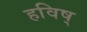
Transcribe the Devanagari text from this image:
हविष्